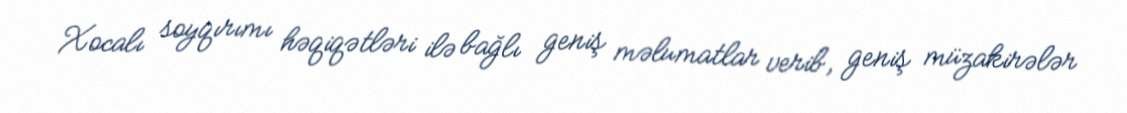
Xocalı soyqırımı həqiqətləri ilə bağlı geniş məlumatlar verib, geniş müzakirələr